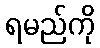
ရမည်ကို